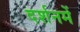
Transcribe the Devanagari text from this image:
दर्शनमें